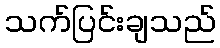
သက်ပြင်းချသည်